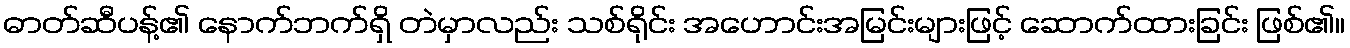
ဓာတ်ဆီပန့်၏ နောက်ဘက်ရှိ တဲမှာလည်း သစ်ရိုင်း အဟောင်းအမြင်းများဖြင့် ဆောက်ထားခြင်း ဖြစ်၏။